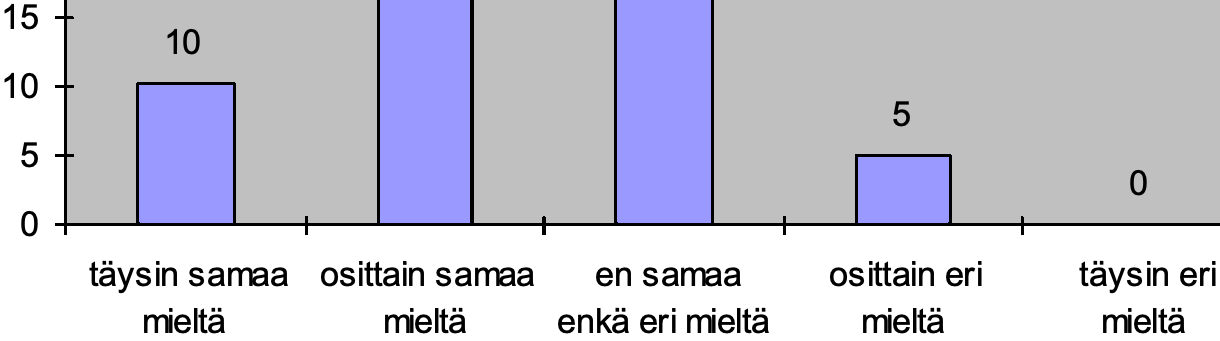
15 10 10 5 5 0 0 täysin samaa osittain samaa en samaa osittain eri täysin eri mieltä  mieltä enkä eri mieltä mieltä mieltä